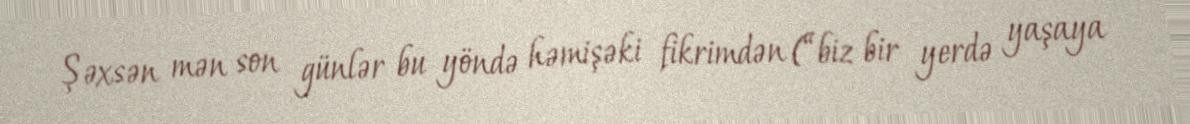
Şəxsən mən son günlər bu yöndə həmişəki fikrimdən (“biz bir yerdə yaşaya